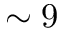
\sim 9